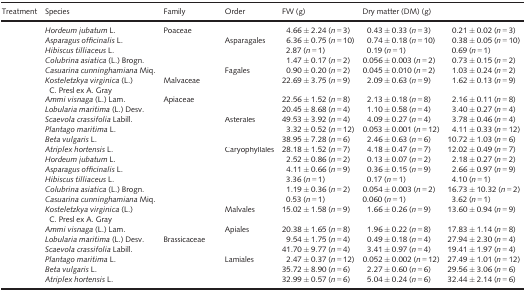
<table><thead><tr><td><b>Treatment</b></td><td><b>Species</b></td><td><b>Family</b></td><td><b>Order</b></td><td><b>FW (g)</b></td><td><b>Dry matter (DM) (g)</b></td><td>[EMPTY_CELL]</td></tr></thead><tbody><tr><td>[EMPTY_CELL]</td><td><i>Hordeum jubatum</i> L.</td><td>Poaceae</td><td>[EMPTY_CELL]</td><td>4.66 ± 2.24 (<i>n </i>=<i> </i>3)</td><td>0.43 ± 0.33 (<i>n </i>=<i> </i>3)</td><td>0.21 ± 0.02 (<i>n </i>=<i> </i>3)</td></tr><tr><td>[EMPTY_CELL]</td><td><i>Asparagus officinalis</i> L.</td><td>[EMPTY_CELL]</td><td>Asparagales</td><td>6.36 ± 0.75 (<i>n </i>=<i> </i>10)</td><td>0.74 ± 0.18 (<i>n </i>=<i> </i>10)</td><td>0.38 ± 0.05 (<i>n </i>=<i> </i>10)</td></tr><tr><td>[EMPTY_CELL]</td><td><i>Hibiscus tilliaceus</i> L.</td><td>[EMPTY_CELL]</td><td>[EMPTY_CELL]</td><td>2.87 (<i>n </i>=<i> </i>1)</td><td>0.19 (<i>n </i>=<i> </i>1)</td><td>0.69 (<i>n </i>=<i> </i>1)</td></tr><tr><td>[EMPTY_CELL]</td><td><i>Colubrina asiatica</i> (L.) Brogn.</td><td>[EMPTY_CELL]</td><td>[EMPTY_CELL]</td><td>1.47 ± 0.17 (<i>n </i>=<i> </i>2)</td><td>0.056 ± 0.003 (<i>n </i>=<i> </i>2)</td><td>0.73 ± 0.15 (<i>n </i>=<i> </i>2)</td></tr><tr><td>[EMPTY_CELL]</td><td><i>Casuarina cunninghamiana</i> Miq.</td><td>[EMPTY_CELL]</td><td>Fagales</td><td>0.90 ± 0.20 (<i>n </i>=<i> </i>2)</td><td>0.045 ± 0.010 (<i>n </i>=<i> </i>2)</td><td>1.03 ± 0.24 (<i>n </i>=<i> </i>2)</td></tr><tr><td>[EMPTY_CELL]</td><td><i>Kosteletzkya virginica</i> (L.) C. Presl ex A. Gray</td><td>Malvaceae</td><td>[EMPTY_CELL]</td><td>22.69 ± 3.75 (<i>n </i>=<i> </i>9)</td><td>2.09 ± 0.63 (<i>n </i>=<i> </i>9)</td><td>1.62 ± 0.13 (<i>n </i>=<i> </i>9)</td></tr><tr><td>[EMPTY_CELL]</td><td><i>Ammi visnaga</i> (L.) Lam.</td><td>Apiaceae</td><td>[EMPTY_CELL]</td><td>22.56 ± 1.52 (<i>n </i>=<i> </i>8)</td><td>2.13 ± 0.18 (<i>n </i>=<i> </i>8)</td><td>2.16 ± 0.11 (<i>n </i>=<i> </i>8)</td></tr><tr><td>[EMPTY_CELL]</td><td><i>Lobularia maritima</i> (L.) Desv.</td><td>[EMPTY_CELL]</td><td>[EMPTY_CELL]</td><td>20.45 ± 8.68 (<i>n </i>=<i> </i>4)</td><td>1.10 ± 0.58 (<i>n </i>=<i> </i>4)</td><td>3.40 ± 0.27 (<i>n </i>=<i> </i>4)</td></tr><tr><td>[EMPTY_CELL]</td><td><i>Scaevola crassifolia</i> Labill.</td><td>[EMPTY_CELL]</td><td>Asterales</td><td>49.53 ± 3.92 (<i>n </i>=<i> </i>4)</td><td>4.09 ± 0.27 (<i>n </i>=<i> </i>4)</td><td>3.78 ± 0.46 (<i>n </i>=<i> </i>4)</td></tr><tr><td>[EMPTY_CELL]</td><td><i>Plantago maritima</i> L.</td><td>[EMPTY_CELL]</td><td>[EMPTY_CELL]</td><td>3.32 ± 0.52 (<i>n </i>=<i> </i>12)</td><td>0.053 ± 0.001 (<i>n </i>=<i> </i>12)</td><td>4.11 ± 0.33 (<i>n </i>=<i> </i>12)</td></tr><tr><td>[EMPTY_CELL]</td><td><i>Beta vulgaris</i> L.</td><td>[EMPTY_CELL]</td><td>[EMPTY_CELL]</td><td>38.95 ± 7.28 (<i>n </i>=<i> </i>6)</td><td>2.46 ± 0.63 (<i>n </i>=<i> </i>6)</td><td>10.72 ± 1.03 (<i>n </i>=<i> </i>6)</td></tr><tr><td>[EMPTY_CELL]</td><td><i>Atriplex hortensis</i> L.</td><td>[EMPTY_CELL]</td><td>Caryophyllales</td><td>28.18 ± 1.52 (<i>n </i>=<i> </i>7)</td><td>4.18 ± 0.47 (<i>n </i>=<i> </i>7)</td><td>12.02 ± 0.49 (<i>n </i>=<i> </i>7)</td></tr><tr><td>[EMPTY_CELL]</td><td><i>Hordeum jubatum</i> L.</td><td>[EMPTY_CELL]</td><td>[EMPTY_CELL]</td><td>2.52 ± 0.86 (<i>n </i>=<i> </i>2)</td><td>0.13 ± 0.07 (<i>n </i>=<i> </i>2)</td><td>2.18 ± 0.27 (<i>n </i>=<i> </i>2)</td></tr><tr><td>[EMPTY_CELL]</td><td><i>Asparagus officinalis</i> L.</td><td>[EMPTY_CELL]</td><td>[EMPTY_CELL]</td><td>4.11 ± 0.66 (<i>n </i>=<i> </i>9)</td><td>0.36 ± 0.15 (<i>n </i>=<i> </i>9)</td><td>2.66 ± 0.97 (<i>n </i>=<i> </i>9)</td></tr><tr><td>[EMPTY_CELL]</td><td><i>Hibiscus tilliaceus</i> L.</td><td>[EMPTY_CELL]</td><td>[EMPTY_CELL]</td><td>3.36 (<i>n </i>=<i> </i>1)</td><td>0.17 (<i>n </i>=<i> </i>1)</td><td>4.10 (<i>n </i>=<i> </i>1)</td></tr><tr><td>[EMPTY_CELL]</td><td><i>Colubrina asiatica</i> (L.) Brogn.</td><td>[EMPTY_CELL]</td><td>[EMPTY_CELL]</td><td>1.19 ± 0.36 (<i>n </i>=<i> </i>2)</td><td>0.054 ± 0.003 (<i>n </i>=<i> </i>2)</td><td>16.73 ± 10.32 (<i>n </i>=<i> </i>2)</td></tr><tr><td>[EMPTY_CELL]</td><td><i>Casuarina cunninghamiana</i> Miq.</td><td>[EMPTY_CELL]</td><td>[EMPTY_CELL]</td><td>0.53 (<i>n </i>=<i> </i>1)</td><td>0.060 (<i>n </i>=<i> </i>1)</td><td>3.62 (<i>n </i>=<i> </i>1)</td></tr><tr><td>[EMPTY_CELL]</td><td><i>Kosteletzkya virginica</i> (L.) C. Presl ex A. Gray</td><td>[EMPTY_CELL]</td><td>Malvales</td><td>15.02 ± 1.58 (<i>n </i>=<i> </i>9)</td><td>1.66 ± 0.26 (<i>n </i>=<i> </i>9)</td><td>13.60 ± 0.94 (<i>n </i>=<i> </i>9)</td></tr><tr><td>[EMPTY_CELL]</td><td><i>Ammi visnaga</i> (L.) Lam.</td><td>[EMPTY_CELL]</td><td>Apiales</td><td>20.38 ± 1.65 (<i>n </i>=<i> </i>8)</td><td>1.96 ± 0.22 (<i>n </i>=<i> </i>8)</td><td>17.83 ± 1.14 (<i>n </i>=<i> </i>8)</td></tr><tr><td>[EMPTY_CELL]</td><td><i>Lobularia maritima</i> (L.) Desv.</td><td>Brassicaceae</td><td>[EMPTY_CELL]</td><td>9.54 ± 1.75 (<i>n </i>=<i> </i>4)</td><td>0.49 ± 0.18 (<i>n </i>=<i> </i>4)</td><td>27.94 ± 2.30 (<i>n </i>=<i> </i>4)</td></tr><tr><td>[EMPTY_CELL]</td><td><i>Scaevola crassifolia</i> Labill.</td><td>[EMPTY_CELL]</td><td>[EMPTY_CELL]</td><td>41.70 ± 9.77 (<i>n </i>=<i> </i>4)</td><td>3.41 ± 0.97 (<i>n </i>=<i> </i>4)</td><td>19.41 ± 1.97 (<i>n </i>=<i> </i>4)</td></tr><tr><td>[EMPTY_CELL]</td><td><i>Plantago maritima</i> L.</td><td>[EMPTY_CELL]</td><td>Lamiales</td><td>2.47 ± 0.37 (<i>n </i>=<i> </i>12)</td><td>0.052 ± 0.002 (<i>n </i>=<i> </i>12)</td><td>27.49 ± 1.01 (<i>n </i>=<i> </i>12)</td></tr><tr><td>[EMPTY_CELL]</td><td><i>Beta vulgaris</i> L.</td><td>[EMPTY_CELL]</td><td>[EMPTY_CELL]</td><td>35.72 ± 8.90 (<i>n </i>=<i> </i>6)</td><td>2.27 ± 0.60 (<i>n </i>=<i> </i>6)</td><td>29.56 ± 3.06 (<i>n </i>=<i> </i>6)</td></tr><tr><td>[EMPTY_CELL]</td><td><i>Atriplex hortensis</i> L.</td><td>[EMPTY_CELL]</td><td>[EMPTY_CELL]</td><td>32.99 ± 0.57 (<i>n </i>=<i> </i>6)</td><td>5.04 ± 0.24 (<i>n </i>=<i> </i>6)</td><td>32.44 ± 2.14 (<i>n </i>=<i> </i>6)</td></tr></tbody></table>